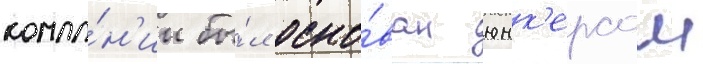
компа́н'ии бы́л осно́ван юнк'ерсом